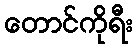
တောင်ကိုရီး